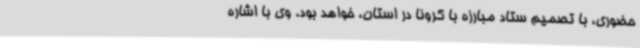
حضوری، با تصمیم ستاد مبارزه با کرونا در استان، خواهد بود. وی با اشاره